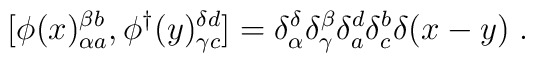
[\phi(x)_{\alpha a}^{\beta b}, \phi^\dagger(y)_{\gamma c}^{\delta d}] = \delta_{\alpha}^{\delta}\delta_{\gamma}^{\beta}\delta_{a}^{d}\delta_{c}^{b}\delta(x-y) \; .